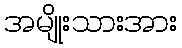
အမျိုးသားအား